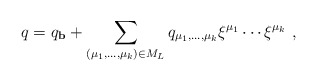
\begin{align*}q=q_{\bf b} + \sum_{(\mu_1,\ldots,\mu_k)\in M_L}q_{\mu_1,\ldots,\mu_k}\xi^{\mu_1}\cdots \xi^{\mu_k}\,\,,\end{align*}